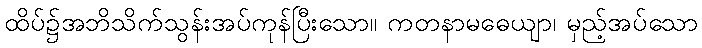
ထိပ်၌အဘိသိက်သွန်းအပ်ကုန်ပြီးသော။ ကတနာမဓေယျာ၊ မှည့်အပ်သော